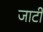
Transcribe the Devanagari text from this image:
जाटी